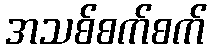
အသစ်စက်စက်